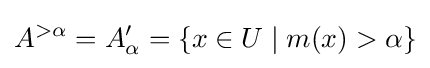
A^{>\alpha }=A'_{\alpha }=\{x\in U\mid m(x)>\alpha \}